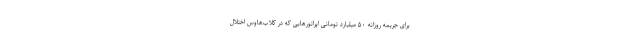
برای جریمه روزانه ۵۰ میلیارد تومانی اپراتورهایی که در کلاب‌هاوس اختلال